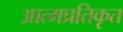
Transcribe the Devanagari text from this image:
आत्मप्रतिकृत